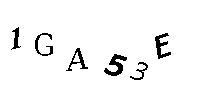
1GA53E